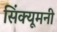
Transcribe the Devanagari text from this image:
सिंक्यूमनी